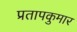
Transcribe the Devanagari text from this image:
प्रतापकुमार